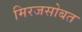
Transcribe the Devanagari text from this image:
मिरजसोबत